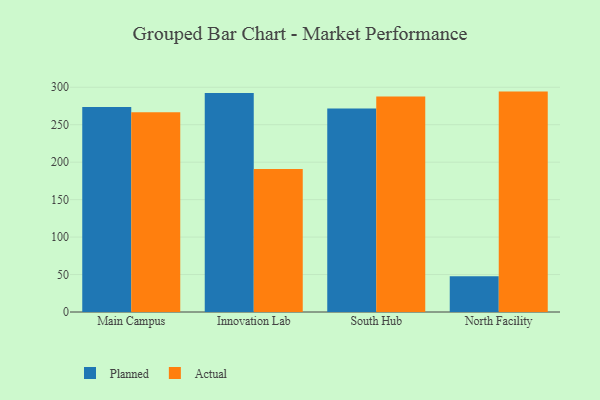
{"axis": {"x": "Campus", "y": "Gross Profit (USD K)"}, "legend": ["Actual", "Planned"], "data": [{"x": "Main Campus", "y": 273.7, "type": "Planned"}, {"x": "Main Campus", "y": 266.6, "type": "Actual"}, {"x": "Innovation Lab", "y": 292.4, "type": "Planned"}, {"x": "Innovation Lab", "y": 191.0, "type": "Actual"}, {"x": "South Hub", "y": 271.7, "type": "Planned"}, {"x": "South Hub", "y": 287.6, "type": "Actual"}, {"x": "North Facility", "y": 47.8, "type": "Planned"}, {"x": "North Facility", "y": 294.2, "type": "Actual"}]}